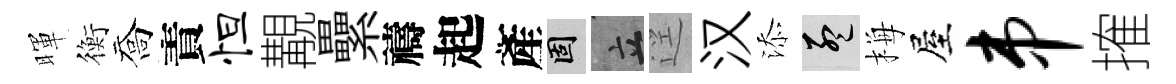
暉衡喬責怛覯纍禱起產固立逕汉添孟梅屋串搉